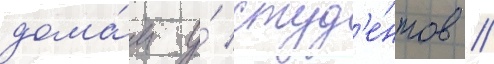
дома́м у́ студ'е́нтов //